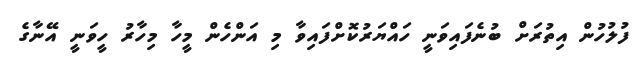
ފުލުހުން އިތުރަށް ބުނެފައިވަނީ ހައްޔަރުކޮށްފައިވާ މި އަންހެން މީހާ މިހާރު ހީވަނީ އޭނާގެ